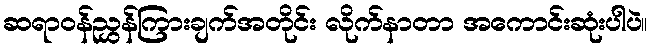
ဆရာဝန်ညွှန်ကြားချက်အတိုင်း လိုက်နာတာ အကောင်းဆုံးပါပဲ။